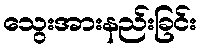
သွေးအားနည်းခြင်း